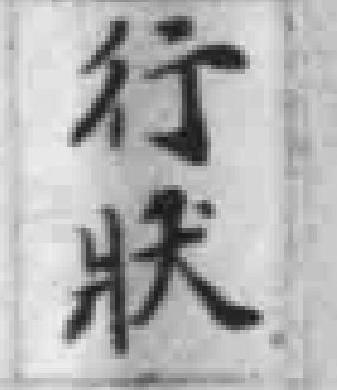
行狀